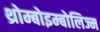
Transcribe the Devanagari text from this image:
थ्रोम्बोइम्बोलिज्म